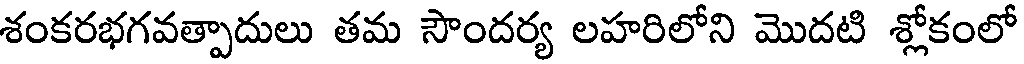
శంకరభగవత్పాదులు తమ సౌందర్య లహరిలోని మొదటి శ్లోకంలో